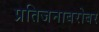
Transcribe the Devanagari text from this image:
प्रतिजनाबरोबर